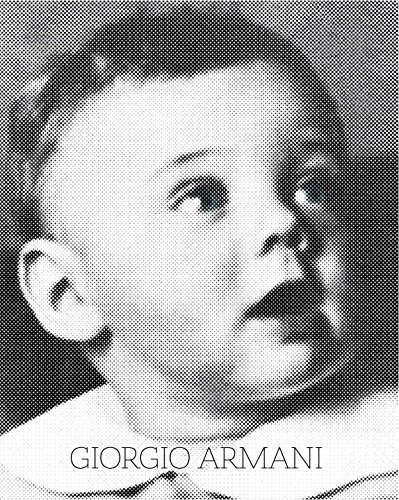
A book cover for Giorgio Armani Deluxe Edition; Giorgio Armani; Humor & Entertainment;